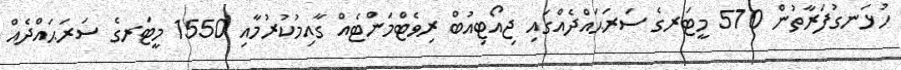
ހުޅަނގުފަރާތުން 570 މީޓަރގެ ސަރަޙައްދެއްގައި ޖިއޯޓިއުބް ރިވެޓްމަންޓެއް ގާއިމުކުރުމާއި 1550 މީޓަރގެ ސަރަޙައްދެއް